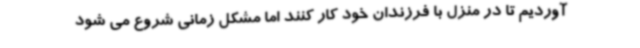
آوردیم تا در منزل با فرزندان خود کار کنند اما مشکل زمانی شروع می شود